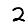
Digit: 2